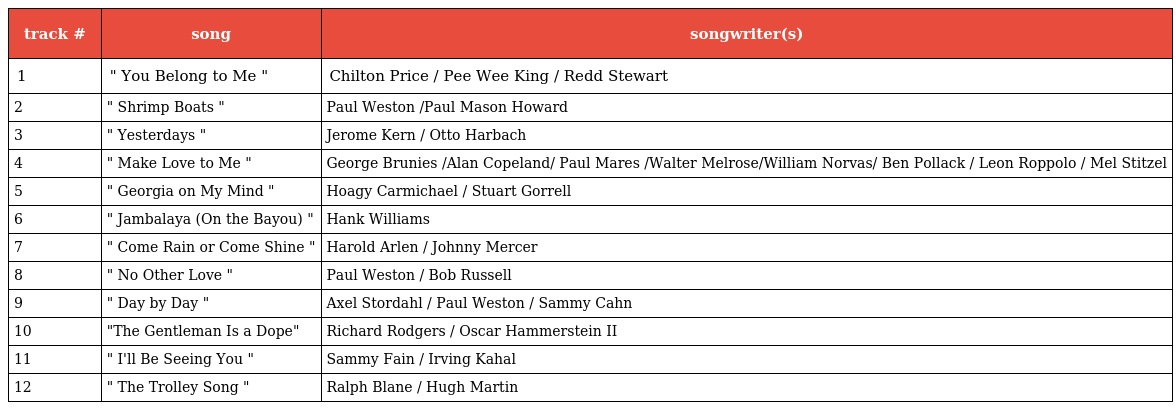
| track # | song | songwriter(s) |
 | --- | --- | --- |
 | 1 | " You Belong to Me " | Chilton Price / Pee Wee King / Redd Stewart |
 | 2 | " Shrimp Boats " | Paul Weston /Paul Mason Howard |
 | 3 | " Yesterdays " | Jerome Kern / Otto Harbach |
 | 4 | " Make Love to Me " | George Brunies /Alan Copeland/ Paul Mares /Walter Melrose/William Norvas/ Ben Pollack / Leon Roppolo / Mel Stitzel |
 | 5 | " Georgia on My Mind " | Hoagy Carmichael / Stuart Gorrell |
 | 6 | " Jambalaya (On the Bayou) " | Hank Williams |
 | 7 | " Come Rain or Come Shine " | Harold Arlen / Johnny Mercer |
 | 8 | " No Other Love " | Paul Weston / Bob Russell |
 | 9 | " Day by Day " | Axel Stordahl / Paul Weston / Sammy Cahn |
 | 10 | "The Gentleman Is a Dope" | Richard Rodgers / Oscar Hammerstein II |
 | 11 | " I'll Be Seeing You " | Sammy Fain / Irving Kahal |
 | 12 | " The Trolley Song " | Ralph Blane / Hugh Martin |